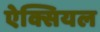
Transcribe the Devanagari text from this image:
ऐक्सियल